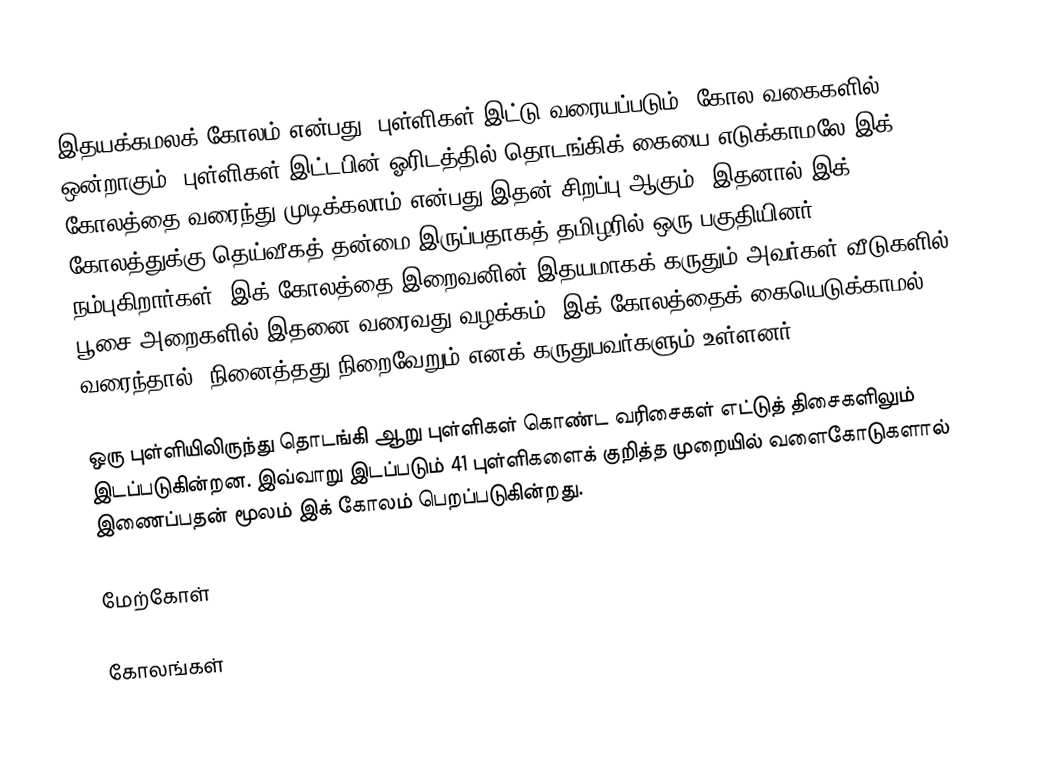
இதயக்கமலக் கோலம் என்பது, புள்ளிகள் இட்டு வரையப்படும்,  கோல வகைகளில் ஒன்றாகும். புள்ளிகள் இட்டபின் ஓரிடத்தில் தொடங்கிக் கையை எடுக்காமலே இக் கோலத்தை வரைந்து முடிக்கலாம் என்பது இதன் சிறப்பு ஆகும். இதனால் இக் கோலத்துக்கு தெய்வீகத் தன்மை இருப்பதாகத் தமிழரில் ஒரு பகுதியினர் நம்புகிறார்கள். இக் கோலத்தை இறைவனின் இதயமாகக் கருதும் அவர்கள் வீடுகளில் பூசை அறைகளில் இதனை வரைவது வழக்கம். இக் கோலத்தைக் கையெடுக்காமல் வரைந்தால், நினைத்தது நிறைவேறும் எனக் கருதுபவர்களும் உள்ளனர்.

ஒரு புள்ளியிலிருந்து தொடங்கி ஆறு புள்ளிகள் கொண்ட வரிசைகள் எட்டுத் திசைகளிலும் இடப்படுகின்றன. இவ்வாறு இடப்படும் 41 புள்ளிகளைக் குறித்த முறையில் வளைகோடுகளால் இணைப்பதன் மூலம் இக் கோலம் பெறப்படுகின்றது.

மேற்கோள்

கோலங்கள்